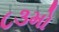
૮૩મો